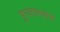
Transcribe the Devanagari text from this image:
पुरातत्त्ववेत्ते